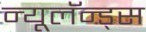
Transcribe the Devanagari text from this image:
न्यूलॅन्ड्स